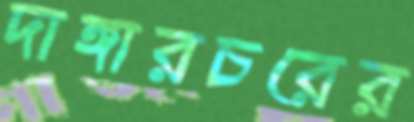
দাঙ্গারচরের